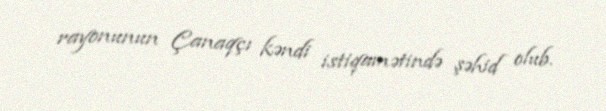
rayonunun Çanaqçı kəndi istiqamətində şəhid olub.